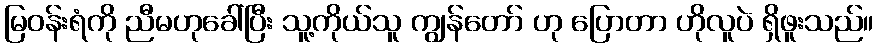
မြဝန်းရံကို ညီမဟုခေါ်ပြီး သူ့ကိုယ်သူ ကျွန်တော် ဟု ပြောတာ ဟိုလူပဲ ရှိဖူးသည်။